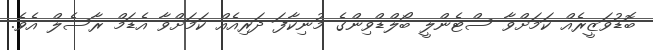
ބޮޑުވަޒީރެއް ކަމަށްވާ ސްޓެންލީ ބޯލްޑްވިންގެ މުނިކާފަ ދަރިއެއް ކަމަށްވާ އެޑަމް ރާސެލް އެވެ.